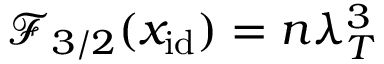
\mathcal { F } _ { 3 / 2 } ( x _ { \mathrm { i d } } ) = n \lambda _ { T } ^ { 3 }